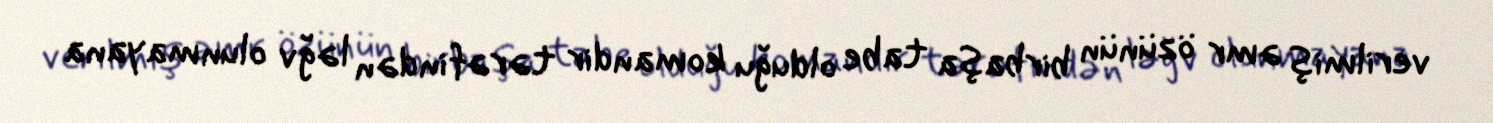
verilmiş əmr özünün birbaşa tabe olduğu komandir tərəfindən ləğv olunmayana